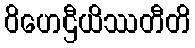
ဝိဟေဌီယိဿတီတိ